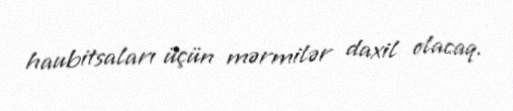
haubitsaları üçün mərmilər daxil olacaq.